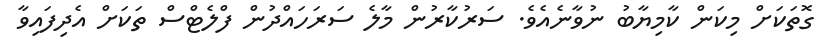
ގޮތަކަށް މިކަން ކާމިޔާބު ނުވާނެއެވެ. ސަރުކާރުން މާލެ ސަރަހައްދުން ފްލެޓްސް ތަކަށް އެދިފައިވާ